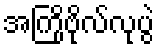
အကြိုဗိုလ်လုပွဲ